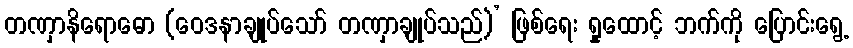
တဏှာနိရောဓော (ဝေဒနာချုပ်သော် တဏှာချုပ်သည်)’ ဖြစ်ရေး ရှုထောင့် ဘက်ကို ပြောင်းရွေ့